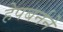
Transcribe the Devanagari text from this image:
हेपबर्नने